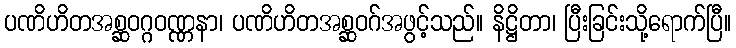
ပဏိဟိတအစ္ဆဝဂ္ဂဝဏ္ဏနာ၊ ပဏိဟိတအစ္ဆဝဂ်အဖွင့်သည်။ နိဋ္ဌိတာ၊ ပြီးခြင်းသို့ရောက်ပြီ။